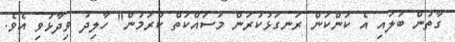
ގާތުން ބަލައި އެ ކަންކަން ރަނގަޅުކުރަން މަސައްކަތް ކުރަމުން" ހާލިދު ވިދާޅުވި އެވެ.